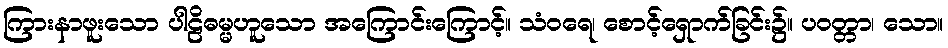
ကြားနာဖူးသော ပါဠိဓမ္မဟူသော အကြောင်းကြောင့်။ သံဝရေ၊ စောင့်ရှောက်ခြင်း၌။ ပဝတ္တာ၊ သော။